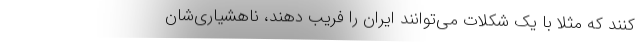
کنند که مثلاً با یک شکلات می‌توانند ایران را فریب دهند، ناهشیاری‌شان